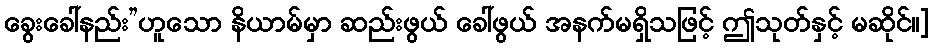
ခွေးခေါ်နည်း”ဟူသော နိယာမ်မှာ ဆည်းဖွယ် ခေါ်ဖွယ် အနက်မရှိသဖြင့် ဤသုတ်နှင့် မဆိုင်။]